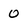
Character: O